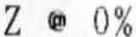
Z @ 0%